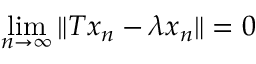
\operatorname* { l i m } _ { n \to \infty } \| T x _ { n } - \lambda x _ { n } \| = 0